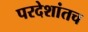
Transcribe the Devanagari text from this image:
परदेशांतच